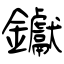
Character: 钀